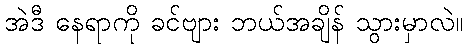
အဲဒီ နေရာကို ခင်ဗျား ဘယ်အချိန် သွားမှာလဲ။